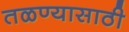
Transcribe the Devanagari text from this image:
तळण्यासाठी